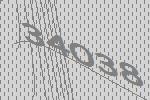
34038